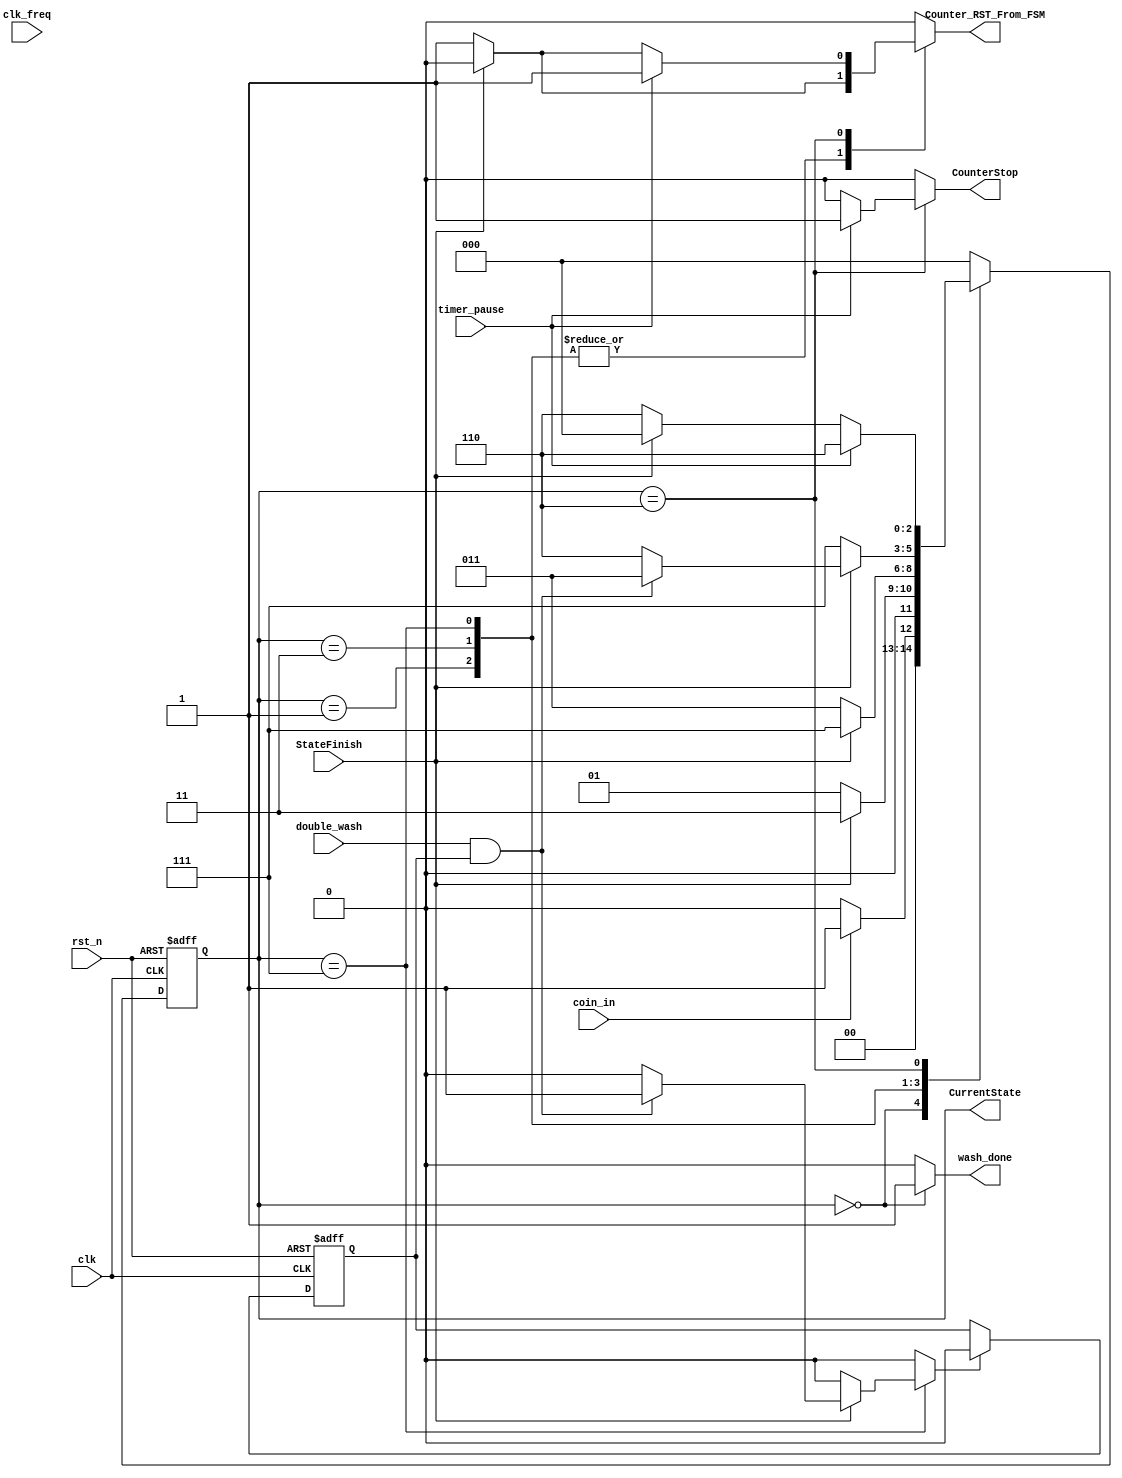
module WashingMachineController #(
    parameter FillingWaterTimeInSec=120,WashingTimeInSec=300,
              RinsingTimeInSec=120,SpinningTimeInSec=60,
              clk_freq_1=1*10^6,clk_freq_2=2*clk_freq_1,
              clk_freq_3=4*clk_freq_1,clk_freq_4=8*clk_freq_1


) (
    //*Declaring the input and output signals of the module.
    input wire rst_n,
    input wire clk,
    input wire [1:0] clk_freq,
    input wire coin_in,
    input wire double_wash,
    input wire timer_pause,
    input wire StateFinish,
    output reg [2:0] CurrentState,
    output reg Counter_RST_From_FSM,
    output reg CounterStop,
    output reg wash_done

);

reg [2:0] NextState;
reg Tocin,Enable;
//*This is the declaration of the states of the FSM.
localparam Idle =3'b000,
           FillingWater=3'b001,
           Washing=3'b011,
           Rinsing=3'b111,
           Spinning=3'b110;


 //********************* State Memory **********************//
//*This is a sequential logic block. It is used to update the value of the output signal (CurrentState) at the positive edge of the clock signal. 
//*The output signal is updated with the value of the signal (NextState) at the positive edge of the clock signal.
always @(posedge clk or negedge rst_n) begin
    if (!rst_n) begin
        CurrentState<=Idle;
    end else begin
        CurrentState<=NextState;
    end
end

always @(*) begin
    wash_done=1'b0;
    CounterStop=1'b0;
    Enable=1'b0;
    case (CurrentState)
        //*The first state of the FSM. It is the state where the washing machine is idle.
        //* It is waiting for the coin to be inserted. If the coin is inserted, the next state is FillingWater. 
        //*If the coin is not inserted, the next state is Idle.
        Idle: begin
            wash_done=1'b1;
            if (!coin_in) begin
                NextState=Idle;
                Counter_RST_From_FSM=1'b0;
            end else begin
                NextState=FillingWater;
                Counter_RST_From_FSM=1'b0;
            end
            
        end 

       //*This is the state where the washing machine is filling water. 
       //* If the state is not finished, the next state is FillingWater. If the state is finished, the next state is Washing,and the counter is reset
        FillingWater: begin
            if (!StateFinish) begin
                NextState=FillingWater;
                Counter_RST_From_FSM=1'b1;
            end else begin
                NextState=Washing;
                Counter_RST_From_FSM=1'b0;
                
            end
        end

        //*This is the state where the washing machine is washing. 
        //*If the state is not finished, the next state is Washing. If the state is finished, the next state is Rinsing,and the counter is reset
        Washing:begin
            if (!StateFinish) begin
                NextState=Washing;
                Counter_RST_From_FSM=1'b1;
            end else begin
                NextState=Rinsing;
                Counter_RST_From_FSM=1'b0;
            end
        end

        //*This is the state where the washing machine is rinsing. 
        //*If the state is not finished, the next state is Rinsing. If the state is finished, the next state is Spinning,and the counter is reset
        //* If the state is finished and the double_wash is asserted, the next state is Washing,and the counter is reset
        //*Enable is asserted macking the tocin latch has a 0 ,preventing the machine from looping and only double wash.
        Rinsing:begin
            if (!StateFinish) begin
                NextState=Rinsing;
                Counter_RST_From_FSM=1'b1;
            end else if (!(double_wash & Tocin)) begin
                NextState=Spinning;
                Counter_RST_From_FSM=1'b0;
            end else begin
                NextState=Washing;
                Counter_RST_From_FSM=1'b0;
                Enable=1'b1;
                
            end
        end

        //*Checking if the timer_pause is asserted. If it is asserted, the next state is Spinning and the counter Stop is asserted.
        //* If it is not asserted,  and the counter finshed the next state is Idle and the counter is reset.
        Spinning:begin
            if (!timer_pause) begin
                if (!StateFinish) begin
                NextState=Spinning;
                Counter_RST_From_FSM=1'b1;
                end else begin
                NextState=Idle;
                Counter_RST_From_FSM=1'b0;
                end
            end else begin
                NextState=Spinning;
                Counter_RST_From_FSM=1'b1;
                CounterStop=1'b1;
            end
        end

        default:begin
            NextState=Idle;
            Counter_RST_From_FSM=1'b0;
        end
    endcase
 
end

//*A latch that is used to prevent the machine from looping and only double wash.
    always @( posedge clk or negedge rst_n ) begin
        if (!rst_n) begin
            Tocin<=1'b1;
        end else if(Enable) begin
            Tocin<=1'b0;
        end
        
    end
    
endmodule